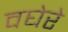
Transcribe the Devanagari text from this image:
वघेरे